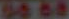
0868